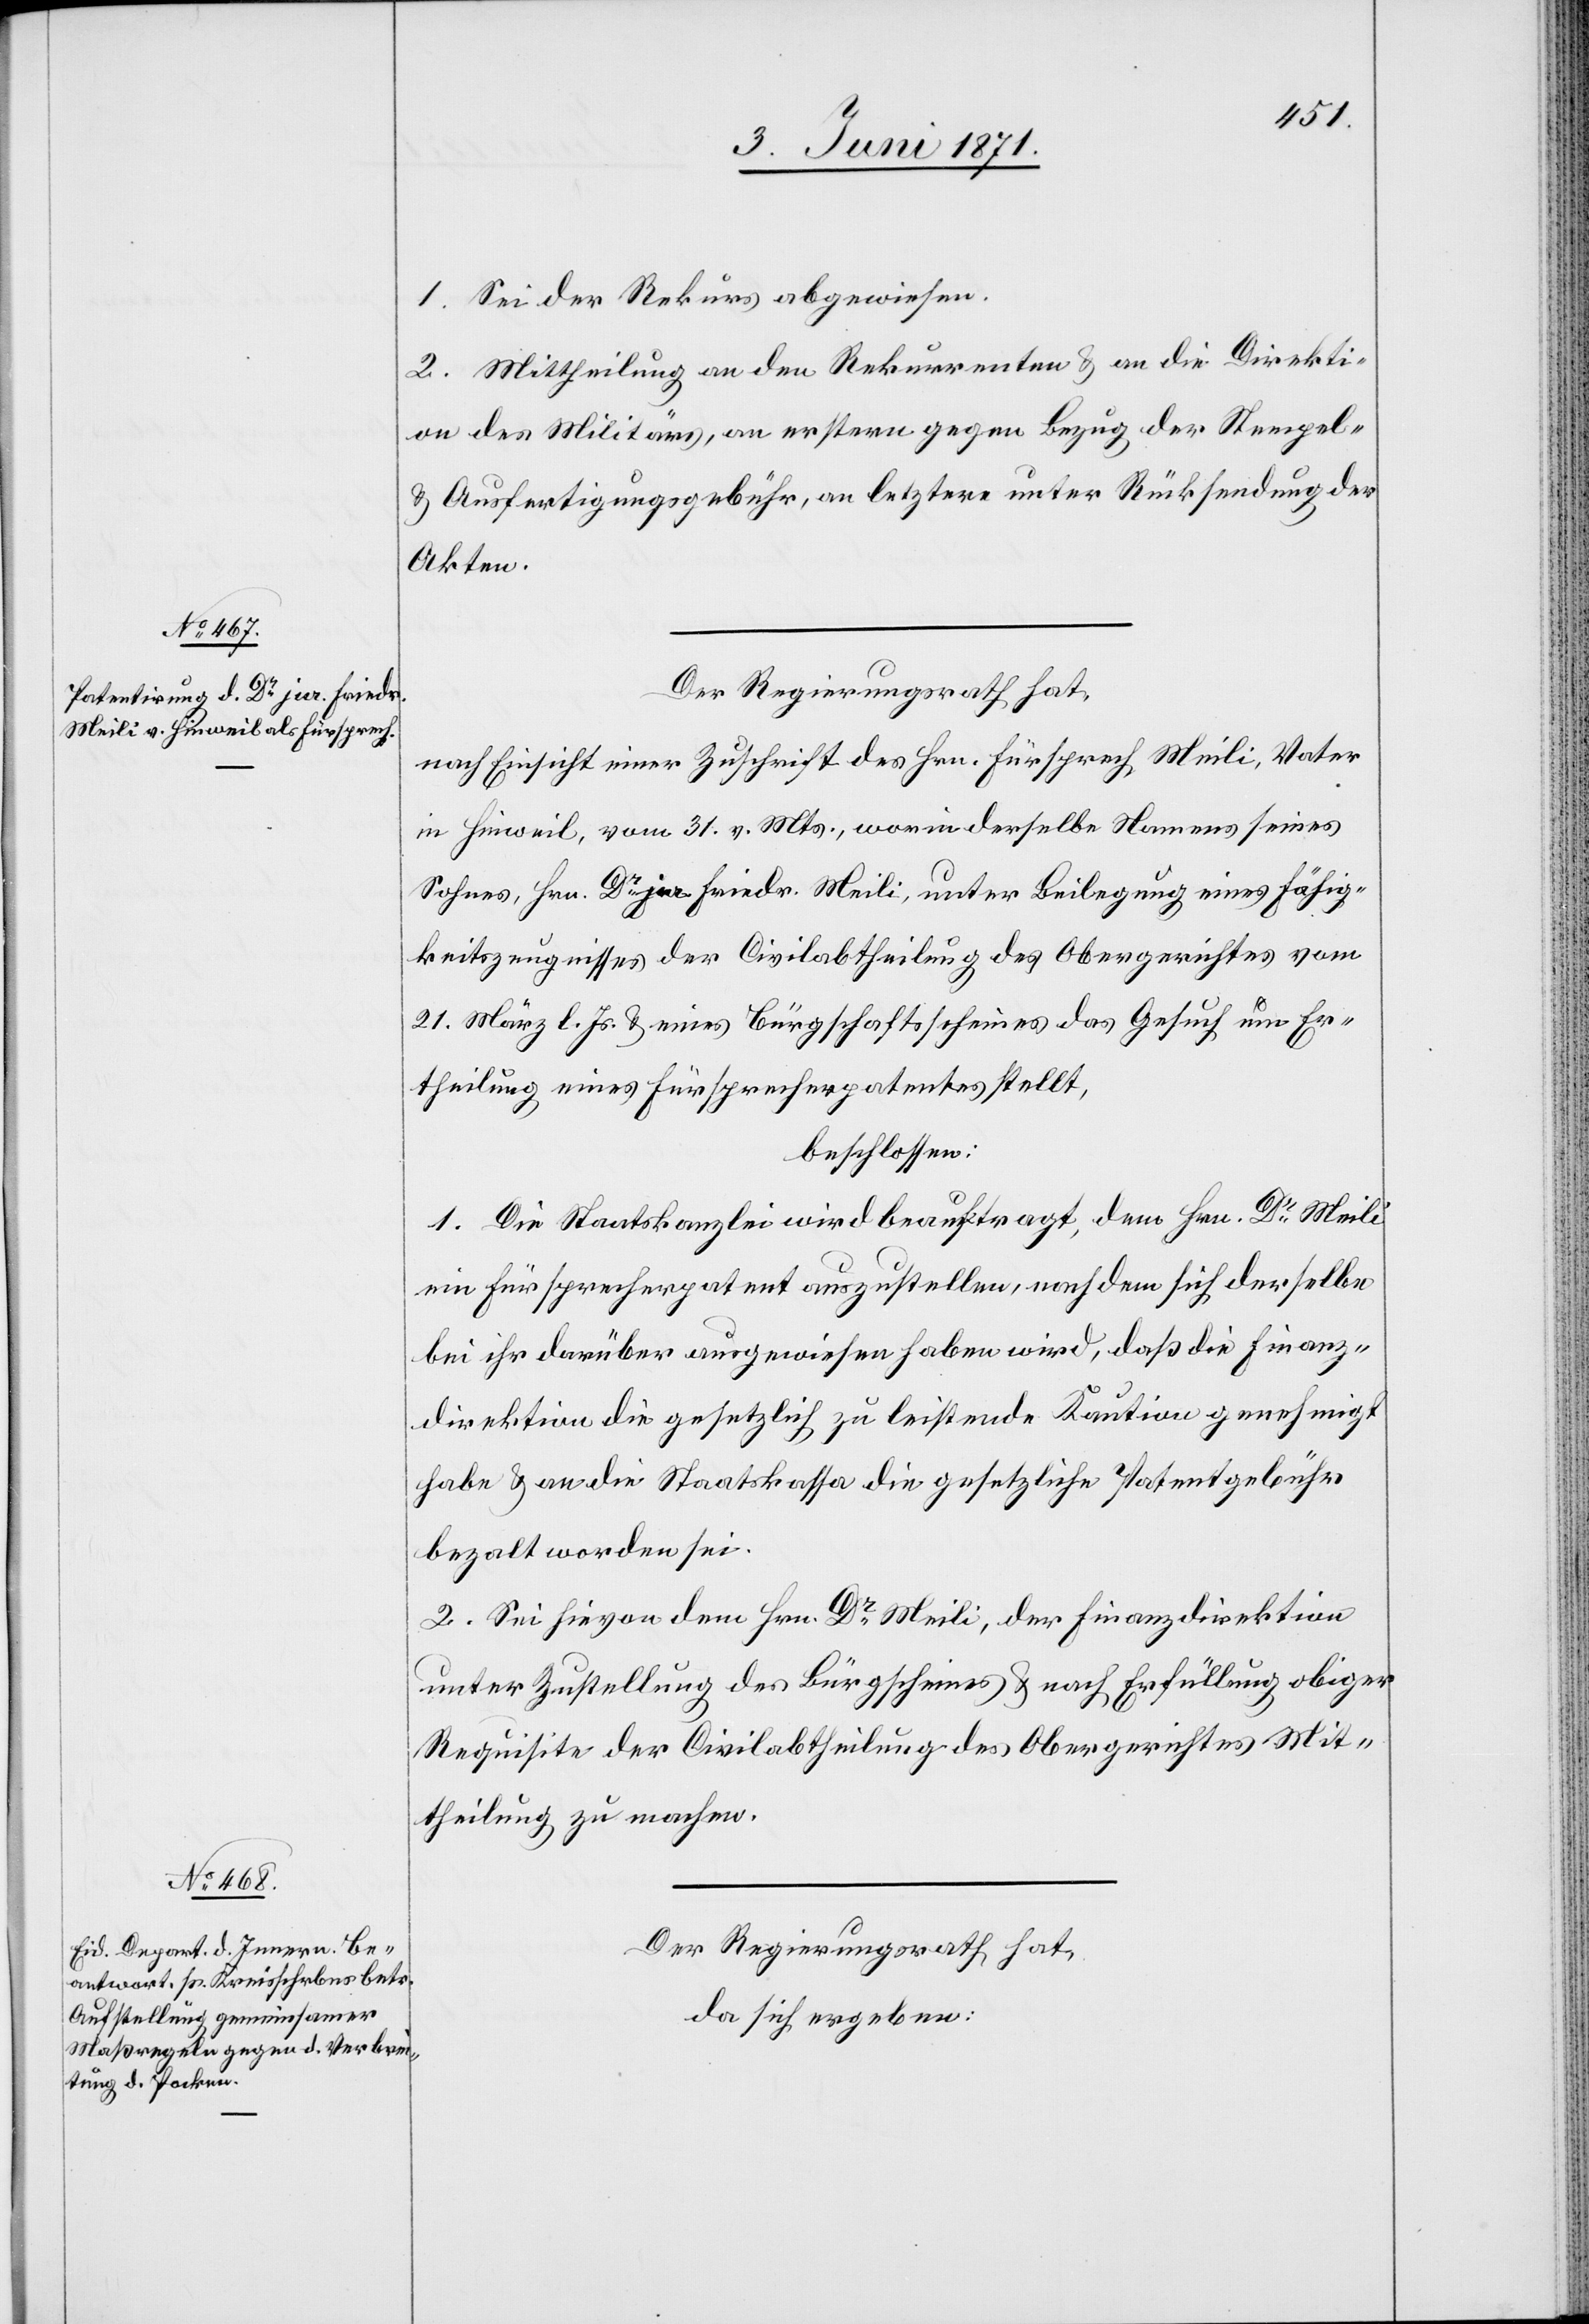
1. Sei der Rekurs abgewiesen.
2. Mittheilung an den Rekurrenten u. an die Direkti¬
on des Militärs, an erstere gegen Bezug der Stempel-
u. Ausfertigungsgebühr, an letztere unter Rücksendung der
Akten.
Der Regierungsrath hat,
nach Einsicht einer Zuschrift des Hrn. Fürsprech Meili, Vater
in Hinweil, vom 31. v. Mts., worin derselbe Namens seines
Sohnes, Hrn. Dr. jur. Friedr. Meili, unter Beilegung eines Fähig¬
keitszeugnisses der Civilabtheilung des Obergerichtes vom
21. März l. Js. u. eines Bürgschaftsscheines das Gesuch um Er¬
theilung eines Fürsprecherpatentes stellt,
beschlossen:
1. Die Staatskanzlei wird beauftragt, dem Hrn. Dr. Meili
ein Fürsprecherpatent auszustellen, nach dem sich derselbe
bei ihr darüber ausgewiesen haben wird, daß die Finanz¬
direktion die gesetzlich zu leistende Kaution genehmigt
bezalt worden sei.
2. Sei hievon dem Hrn. Dr. Meili, der Finanzdirektion
unter Zustellung des Bürgscheines u. nach Erfüllung obiger
Requisite der Civilabtheilung des Obergerichts Mit¬
theilung zu machen.
Der Regierungsrath hat,
da sich ergeben: